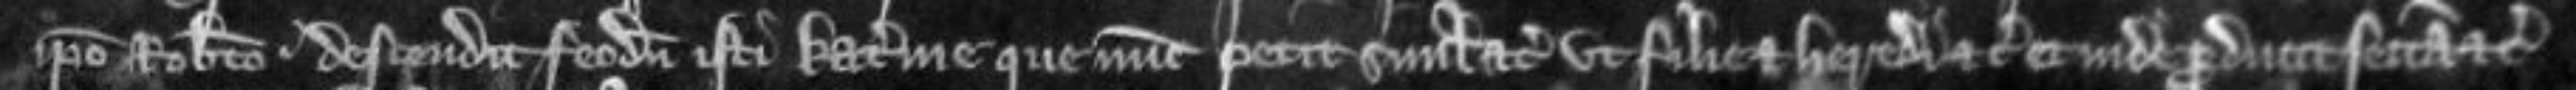
ipso Roberto descendit feodum isti Katerine que nunc petit simul etc ut filie et heredi etc Et inde producit sectam etc